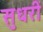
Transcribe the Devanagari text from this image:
सुधरीं